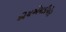
એચએમડીએસ